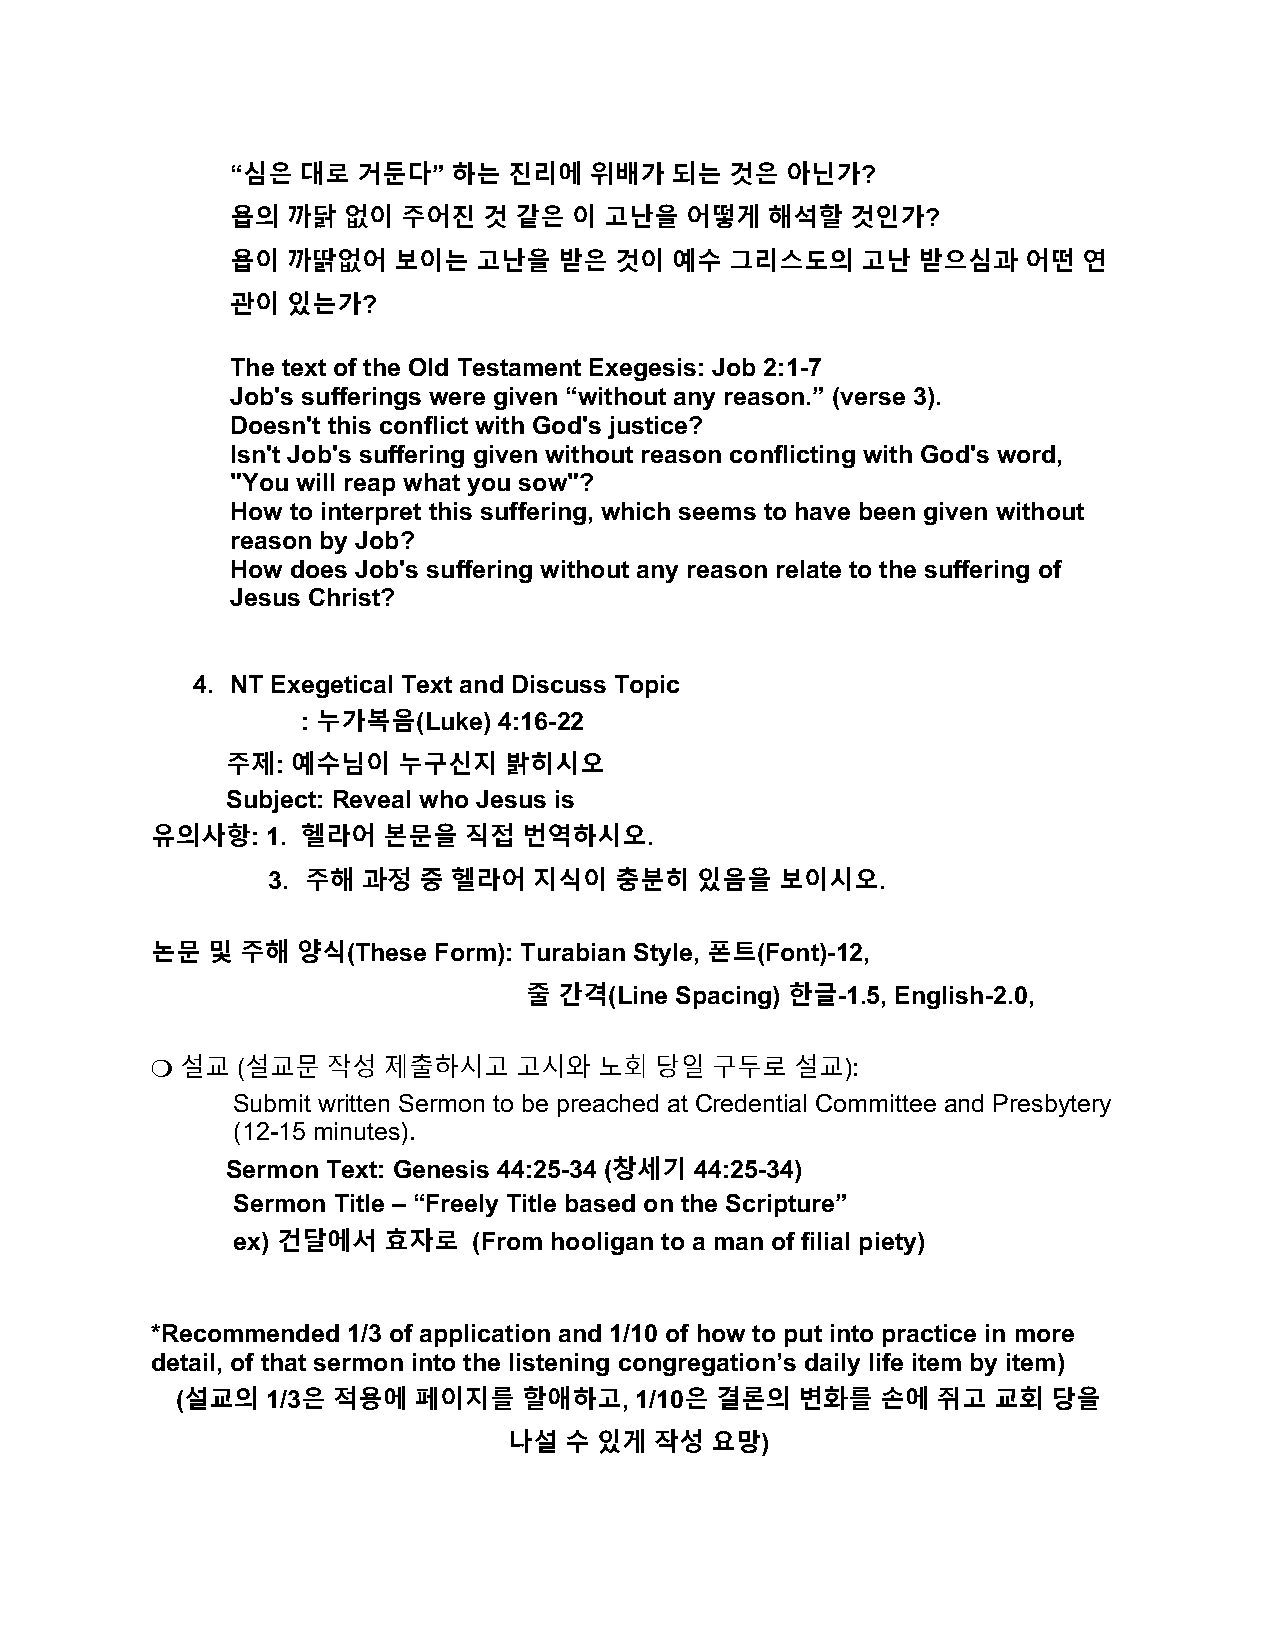
“심은  대로  거둔다”  하는  진리에  위배가  되는  것은  아닌가?
 욥의  까닭  없이  주어진  것 같은  이 고난을  어떻게   해석할  것인가?
 욥이  까딹없어   보이는   고난을  받은  것이 예수  그리스도의    고난  받으심과   어떤  연
 관이  있는가?
 The text of the Old Testament Exegesis: Job 2:1-7
 Job's sufferings were given “without any reason.” (verse 3).
 Doesn't this conflict with God's justice?
 Isn't Job's suffering given without reason conflicting with God's word,
 "You will reap what you sow"?
 How to interpret this suffering, which seems to have been given without
 reason by Job?
 How does Job's suffering without any reason relate to the suffering of
 Jesus Christ?
 4. NT Exegetical Text and Discuss Topic
 : 누가복음(Luke) 4:16-22
 주제: 예수님이   누구신지   밝히시오
 Subject: Reveal who Jesus is
 유의사항:   1. 헬라어 본문을   직접  번역하시오.
 3. 주해 과정  중 헬라어  지식이   충분히  있음을   보이시오.
 논문  및 주해  양식(These Form): Turabian Style, 폰트(Font)-12,
 줄 간격(Line Spacing) 한글-1.5, English-2.0,
 !"설교"(설교문   작성 제출하시고    고시와   노회 당일  구두로   설교):
 Submit written Sermon to be preached at Credential Committee and Presbytery
 (12-15 minutes).
 Sermon Text: Genesis 44:25-34 (창세기 44:25-34)
 Sermon Title – “Freely Title based on the Scripture”
 ex) 건달에서  효자로   (From hooligan to a man of filial piety)
 *Recommended 1/3 of application and 1/10 of how to put into practice in more
 detail, of that sermon into the listening congregation’s daily life item by item)
 (설교의  1/3은 적용에 페이지를    할애하고,  1/10은 결론의  변화를  손에  쥐고  교회  당을
 나설 수  있게 작성  요망)